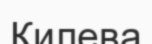
Килева